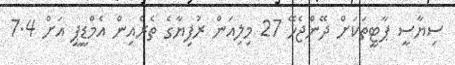
ސިޔާސީ ޕާޓީތަކަށް ދޭންޖެހޭ 27 މިލިއަން ރުފިޔާގެ ތެރެއިން އެމްޑީޕީ އަށް 7.4